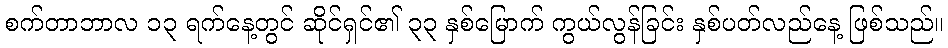
စက်တာဘာလ ၁၃ ရက်နေ့တွင် ဆိုင်ရှင်၏ ၃၃ နှစ်မြောက် ကွယ်လွန်ခြင်း နှစ်ပတ်လည်နေ့ ဖြစ်သည်။